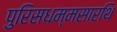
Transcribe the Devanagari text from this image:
पुरिसधम्मसारथि